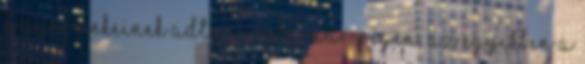
a gyermekeinek adta jussba már régen. Az egyikben a